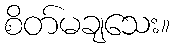
စိတ်မချသေး။